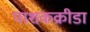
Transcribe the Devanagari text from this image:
पाशकक्रीडा